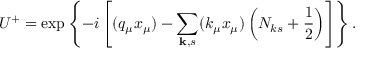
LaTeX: U ^ { + } = \exp \left\{ - i \left[ ( q _ { \mu } x _ { \mu } ) - \sum _ { \mathbf { k } , s } ( k _ { \mu } x _ { \mu } ) \left( N _ { k s } + \frac 1 2 \right) \right] \right\} .